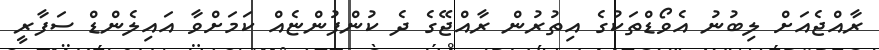
ރާއްޖެއަށް ލިބުނު އެވޯޑްތަކުގެ އިތުރުން ރާއްޖޭގެ ދެ ކުންފުންޏެއް ކަމަށްވާ އައިލެންޑް ސަފާރީ